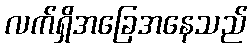
လက်ရှိအခြေအနေသည်